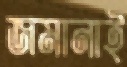
জমানাই